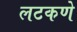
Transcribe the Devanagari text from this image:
लटकणे